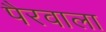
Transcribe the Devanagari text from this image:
पैरवाला